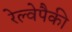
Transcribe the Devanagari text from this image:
रेल्वेपैकी